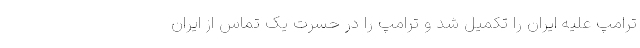
ترامپ علیه ایران را تکمیل شد و ترامپ را در حسرت یک تماس از ایران